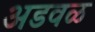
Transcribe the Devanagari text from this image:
अडवळ